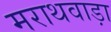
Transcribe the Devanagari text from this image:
मराथवाड़ा